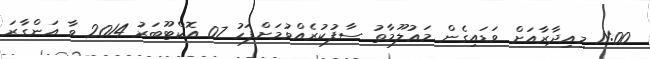
11:00 މިއިދާރާއަށް ވަޑައިގެން މަޢުލޫމާތު ސާފުކުރެއްވުމަށްފަހު 07 އޮކްޓޫބަރު 2014 ވާ އަންގާރަ